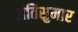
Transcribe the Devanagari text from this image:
अतिसुमार